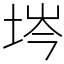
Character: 埁